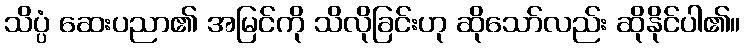
သိပ္ပံ ဆေးပညာ၏ အမြင်ကို သိလိုခြင်းဟု ဆိုသော်လည်း ဆိုနိုင်ပါ၏။